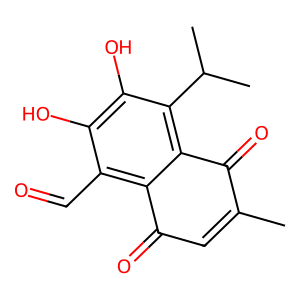
SMILES: CC1=CC(=O)c2c(C=O)c(O)c(O)c(C(C)C)c2C1=O
Inhibits HIV replication: No